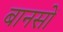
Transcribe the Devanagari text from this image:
बानसों